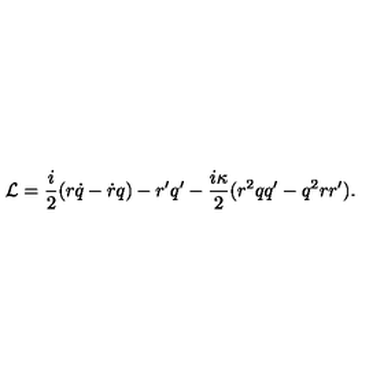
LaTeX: { \cal L } = \frac { i } { 2 } ( r \dot { q } - \dot { r } q ) - r ^ { \prime } q ^ { \prime } - \frac { i \kappa } { 2 } ( r ^ { 2 } q q ^ { \prime } - q ^ { 2 } r r ^ { \prime } ) .